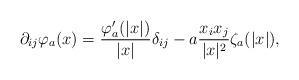
LaTeX: \begin{align*} \partial_{ij} \varphi_a(x) = \frac{\varphi'_a(|x|)}{|x|} \delta_{ij} -a \frac{x_ix_j}{|x|^2}\zeta_a(|x|),\end{align*}